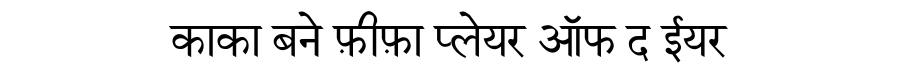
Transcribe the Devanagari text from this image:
काका बने फ़ीफ़ा प्लेयर ऑफ द ईयर